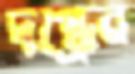
দগ্ধেন